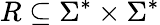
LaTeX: R\subseteq\Sigma^{*}\times\Sigma^{*}